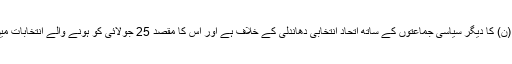
ان کا مزید کہنا تھا کہ پاکستان مسلم لیگ (ن) کا دیگر سیاسی جماعتوں کے ساتھ اتحاد انتخابی دھاندلی کے خلاف ہے اور اس کا مقصد 25 جولائی کو ہونے والے انتخابات میں کی گئی دھاندلی کو بے نقاب کرنا ہے۔